Code of medical and sanitary regulations for the guidance of medical officers serving in the Madras Presidency - Volume I
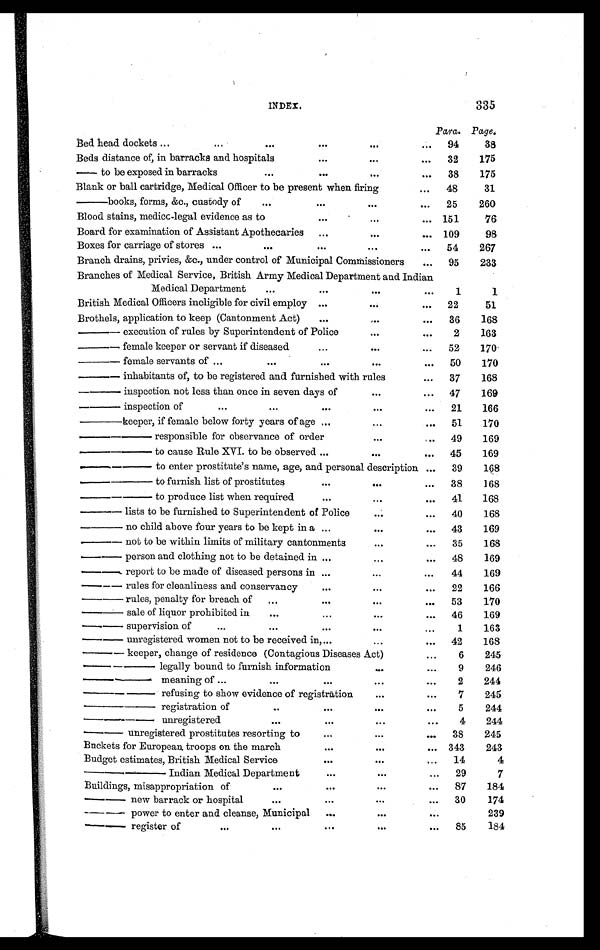
INDEX. 335
Para. P a g e .
Bed head dockets ...
...
. . .
...
...
. . . 94
38
Beds distance of, in barracks and hospitals
...
...
... 32
175
— to be exposed in barracks
. . . ...
...
. . . 38
175
Blank or ball cartridge, Medical Officer to be present when firing
...
4 8 31
— b o o k s , f o r m s , & c . , c u s t o d y o f
. . .
...
...
... 25
260
Blood stains, medicc-legal evidence as to
...
...
... 151
76
Board for examination of Assistant Apothecaries ...
...
... 109
98
Boxes for carriage of stores ...
. . .
...
...
. . .
54
267
Branch drains, privies, &c., under control of Municipal Commissioners
... 95
233
Branches of Medical Service, British Army Medical Department and Indian
Medical Department
. . .
...
...
...
1
1
British Medical Officers ineligible for civil employ ...
...
... 22
51
Brothels, application to keep (Cantonment Act) ...
...
... 36
168
— execution of rules by Superintendent of Police
...
. . .
2
163
— female keeper or servant if diseased
...
...
... 52
170
— female servants of ...
...
...
...
... 50
170
— inhabitants of, to be registered and furnished with rules
... 37
168
— inspection not less than once in seven days of
...
... 47
169
— inspection of
. . .
...
...
...
... 21
166
— keeper, if female below forty years of age ...
...
... 51
170
——responsible for observance of order
...
. . . 49
169
——to cause Rule XVI. to be observed ...
...
... 45
169
——to enter prostitute's name, age, and personal description ... 39
168
——to furnish list of prostitutes
...
...
... 38
168
——to produce list when required
...
...
... 41
168
— lists to be furnished to Superintendent of Police
...
... 40
168
—no child above four years to be kept in a ...
...
... 43
169
— not to be within limits of military cantonments
...
... 35
168
—person and cl ot hi ng not t o be det ai ned i n ...
...
... 48 169
—report t o be made of di seased persons i n ...
...
... 44
169
—r ul es f or cl eanl i nes s and cons er vancy
...
...
... 22
166
— r u l e s , p e n a l t y f o r b r e a c h o f ...
...
...
... 53
170
—sale of liquor prohibited in . . .
...
...
... 46
169
— supervision of
...
. . .
...
...
...
1
163
—unregi st ered women not t o be recei ved i n, . . .
...
... 42
168
— keeper, change of residence (Contagious Diseases Act)
...
6 245
—— legally bound to furnish information
...
...
9
246
—— meaning of ...
...
...
...
. . . 2
244
—— refusing to show evidence of registration
...
...
7
245
— — r e g i s t r a t i o n o f
..
...
. . .
. . .
5
244
— — u n r e g i s t e r e d
...
...
...
...
4
244
—— unregistered prostitutes resorting to
...
...
. . . 38
245
Buckets for European troops on the march
...
...
... 343
243
Budget estimates, British Medical Service
...
...
... 14
4
—— Indi an Medi cal Depart ment
...
...
... 29
7
Buildings, misappropriation of
...
. . .
...
... 87
184
— new barrack or hospital
...
...
...
... 30
174
—— power to enter and cleanse, Municipal ...
...
. . .
239
— register of
. . .
. . .
...
...
... 85
184